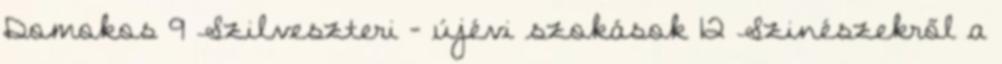
Domokos 9 Szilveszteri - újévi szokások 12 Szinészekről a